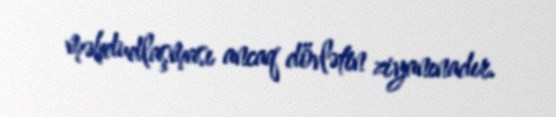
məhdudlaşması ancaq dövlətin ziyanınadır.